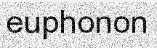
euphonon